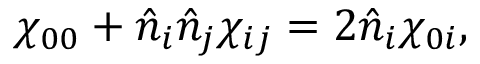
\chi _ { 0 0 } + \hat { n } _ { i } \hat { n } _ { j } \chi _ { i j } = 2 \hat { n } _ { i } \chi _ { 0 i } ,